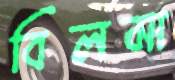
বিলমা